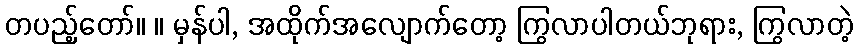
တပည့်တော်။ ။ မှန်ပါ, အထိုက်အလျောက်တော့ ကြွလာပါတယ်ဘုရား, ကြွလာတဲ့